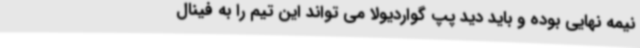
نیمه نهایی بوده و باید دید پپ گواردیولا می تواند این تیم را به فینال